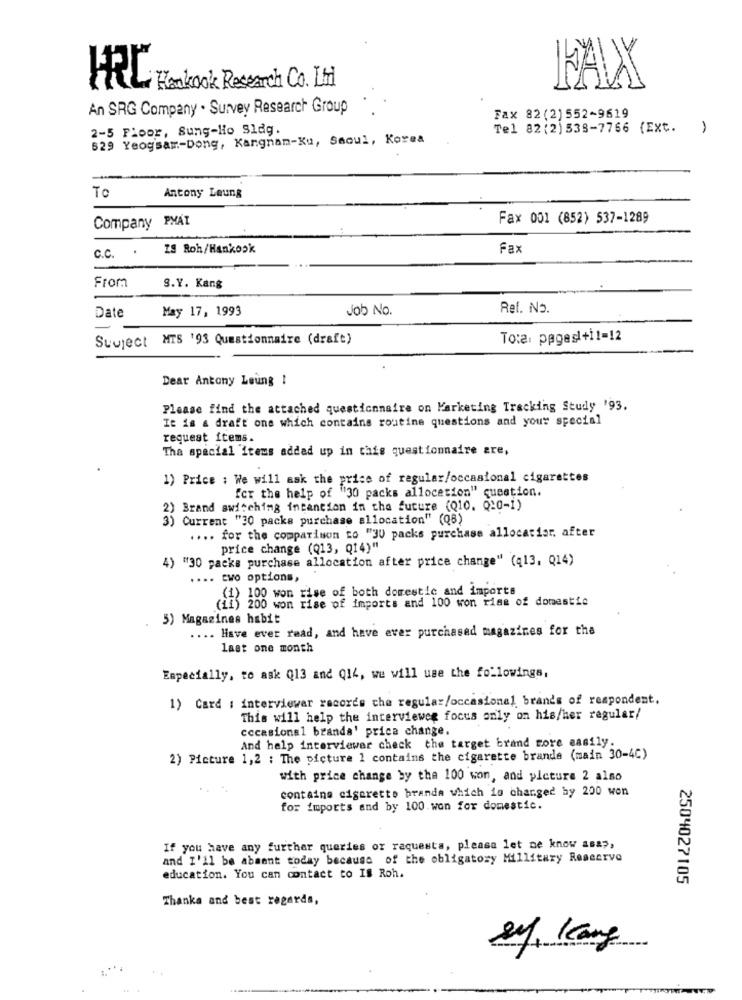
FAX
HAL Hankook Research Co. Ltd
An SRG Company . Survey Research Group
Fax 82(2)552-9619
2-5 Floor, Sung-Ho Slag.
Tel 82(2)538-7766 (Ext.
1
529 Yeog'sam-Dong, Kangnan-Ku, Saoul, Korea
To
Antony Leung
Fax 001 (852) 537-1289
Company PMAI
C.C. .
IS Roh/Hankook
Fax
From
S.Y. Kang
May 17, 1993
Job No.
Ref. No.
Date
Subject MIS '93 Questionnaire (draft)
To:a. pages+11-12
Dear Antony Leung !
Please find the attached questionnaire on Marketing Tracking Study '93.
It is a draft one which contains routine questions and your special
request items.
Tha special Items added up in this questionnaire are,
1) Price : We will ask the price of regular/occasional cigarettes
for the help of "30 packs allocation" question.
2) Brand switching intantion in the future (Q10. Q20-1)
3) Current "30 packs purchase allocation" (Q8)
.... for the comparison to "30 packs purchase allocatier, after
price change (Q13, Q14)"
4) "30 packs purchase allocation after price change" (q13, Q14)
.... two options,
(1) 100 won rise of both domestic and imports
(11) 200 won rise of imports and 100 won rise of domestic
5) Magazines habit
.... Have ever read, and have ever purchased magazines for the
last one month
Especially, to ask Q13 and Q14, we will use the followings,
1) Card : interviewer records the regular/occasional brands of respondent.
This will help the interviewer focus only on his/her regular/
cccasional brands' prica change.
And help interviewer check the target brand more easily.
2) Picture 1,2 ; The picture 1 contains the cigarette brande (main 30-4℃)
with price change by the 100 won, and picture 2 also
containa cigarette branda which is changed by 200 won
for imports and by 100.won for domestic.
If you have any further queries or raquesta, please let ne know asap,
and I'll be absent today because of the obligatory Millitary Reacervo
education. You can contact to IS Roh.
2504027105
Thanks and best regards,
.. .